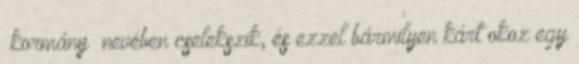
„kormány” nevében cselekszik, és ezzel bármilyen kárt okoz egy